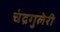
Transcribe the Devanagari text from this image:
चंद्रगुलेरी